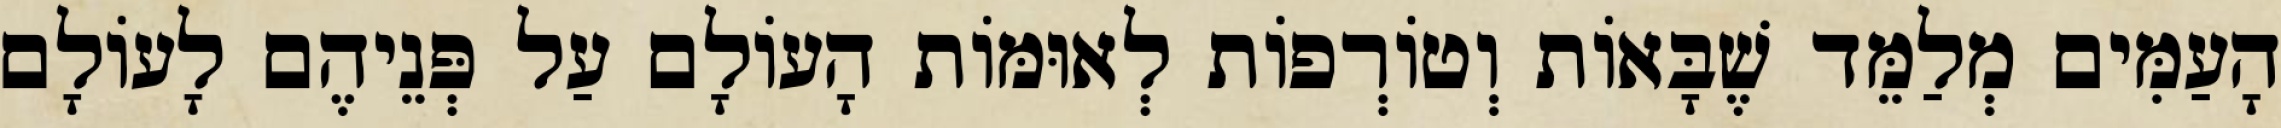
הָעַמִּים מְלַמֵּד שֶׁבָּאוֹת וְטוֹרְפוֹת לְאוּמּוֹת הָעוֹלָם עַל פְּנֵיהֶם לָעוֹלָם